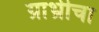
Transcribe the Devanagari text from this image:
ग्राभ्रीचा